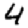
Digit: 4